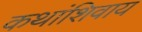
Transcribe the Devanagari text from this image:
कथांशिवाय